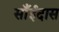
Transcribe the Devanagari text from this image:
साँईदास